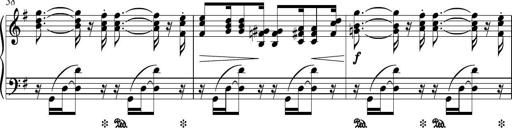
Title: Piano Sonatina in G major
Composer: Johan Peter Emilius Hartmann
Key: G major